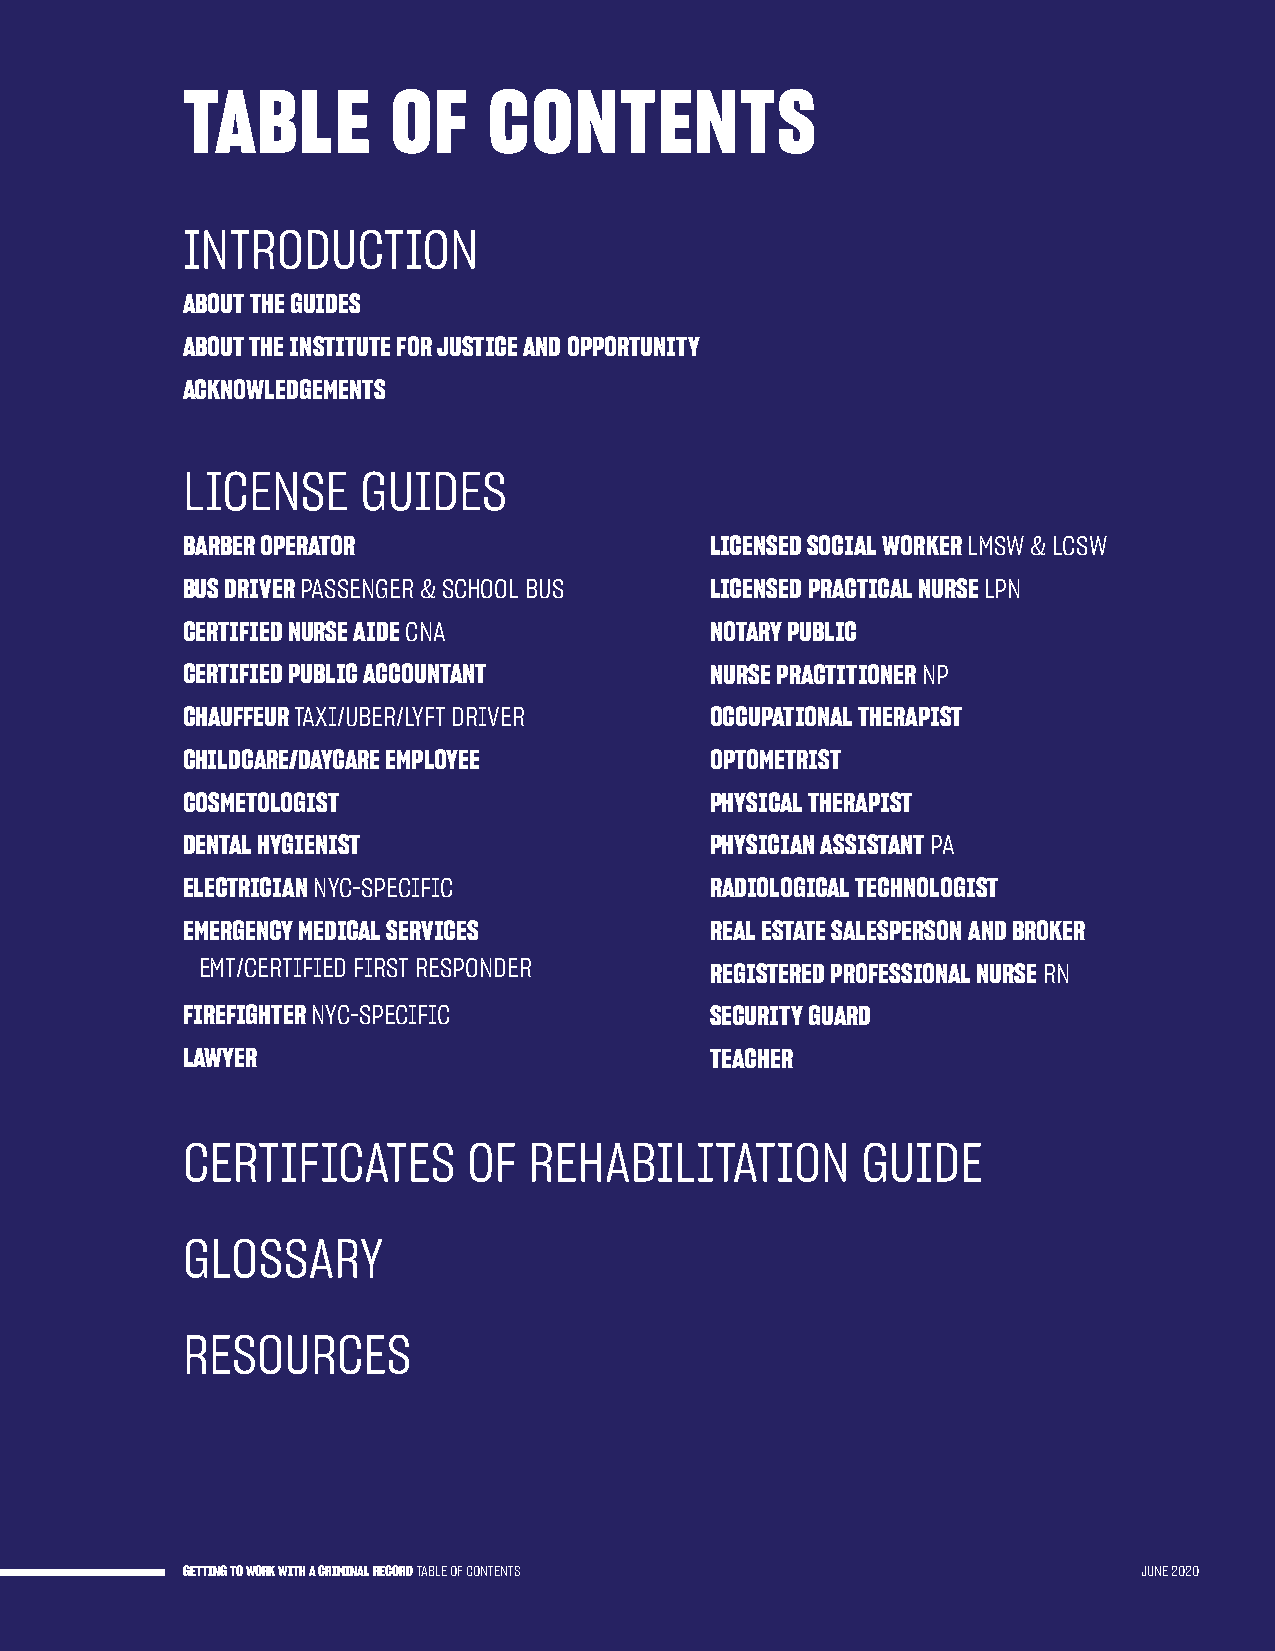
TABLE         OF    CONTENTS
 INTRODUCTION
 ABOUT THE GUIDES
 ABOUT THE INSTITUTE FOR JUSTICE AND OPPORTUNITY
 ACKNOWLEDGEMENTS
 LICENSE     GUIDES
 BARBER OPERATOR                    LICENSED SOCIAL WORKER LMSW & LCSW
 BUS DRIVER PASSENGER & SCHOOL BUS  LICENSED PRACTICAL NURSE LPN
 CERTIFIED NURSE AIDE CNA           NOTARY PUBLIC
 CERTIFIED PUBLIC ACCOUNTANT        NURSE PRACTITIONER NP
 CHAUFFEUR TAXI/UBER/LYFT DRIVER    OCCUPATIONAL THERAPIST
 CHILDCARE/DAYCARE EMPLOYEE         OPTOMETRIST
 COSMETOLOGIST                      PHYSICAL THERAPIST
 DENTAL HYGIENIST                   PHYSICIAN ASSISTANT PA
 ELECTRICIAN NYC-SPECIFIC           RADIOLOGICAL TECHNOLOGIST
 EMERGENCY MEDICAL SERVICES         REAL ESTATE SALESPERSON AND BROKER
 EMT/CERTIFIED FIRST RESPONDER     REGISTERED PROFESSIONAL NURSE RN
 FIREFIGHTER NYC-SPECIFIC           SECURITY GUARD
 LAWYER                             TEACHER
 CERTIFICATES       OF  REHABILITATION        GUIDE
 GLOSSARY
 RESOURCES
 GETTING TO WORK WITH A CRIMINAL RECORD TABLE OF CONTENTS        JUNE 2020